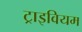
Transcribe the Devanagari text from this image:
ट्राइवियम